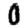
Digit: 0